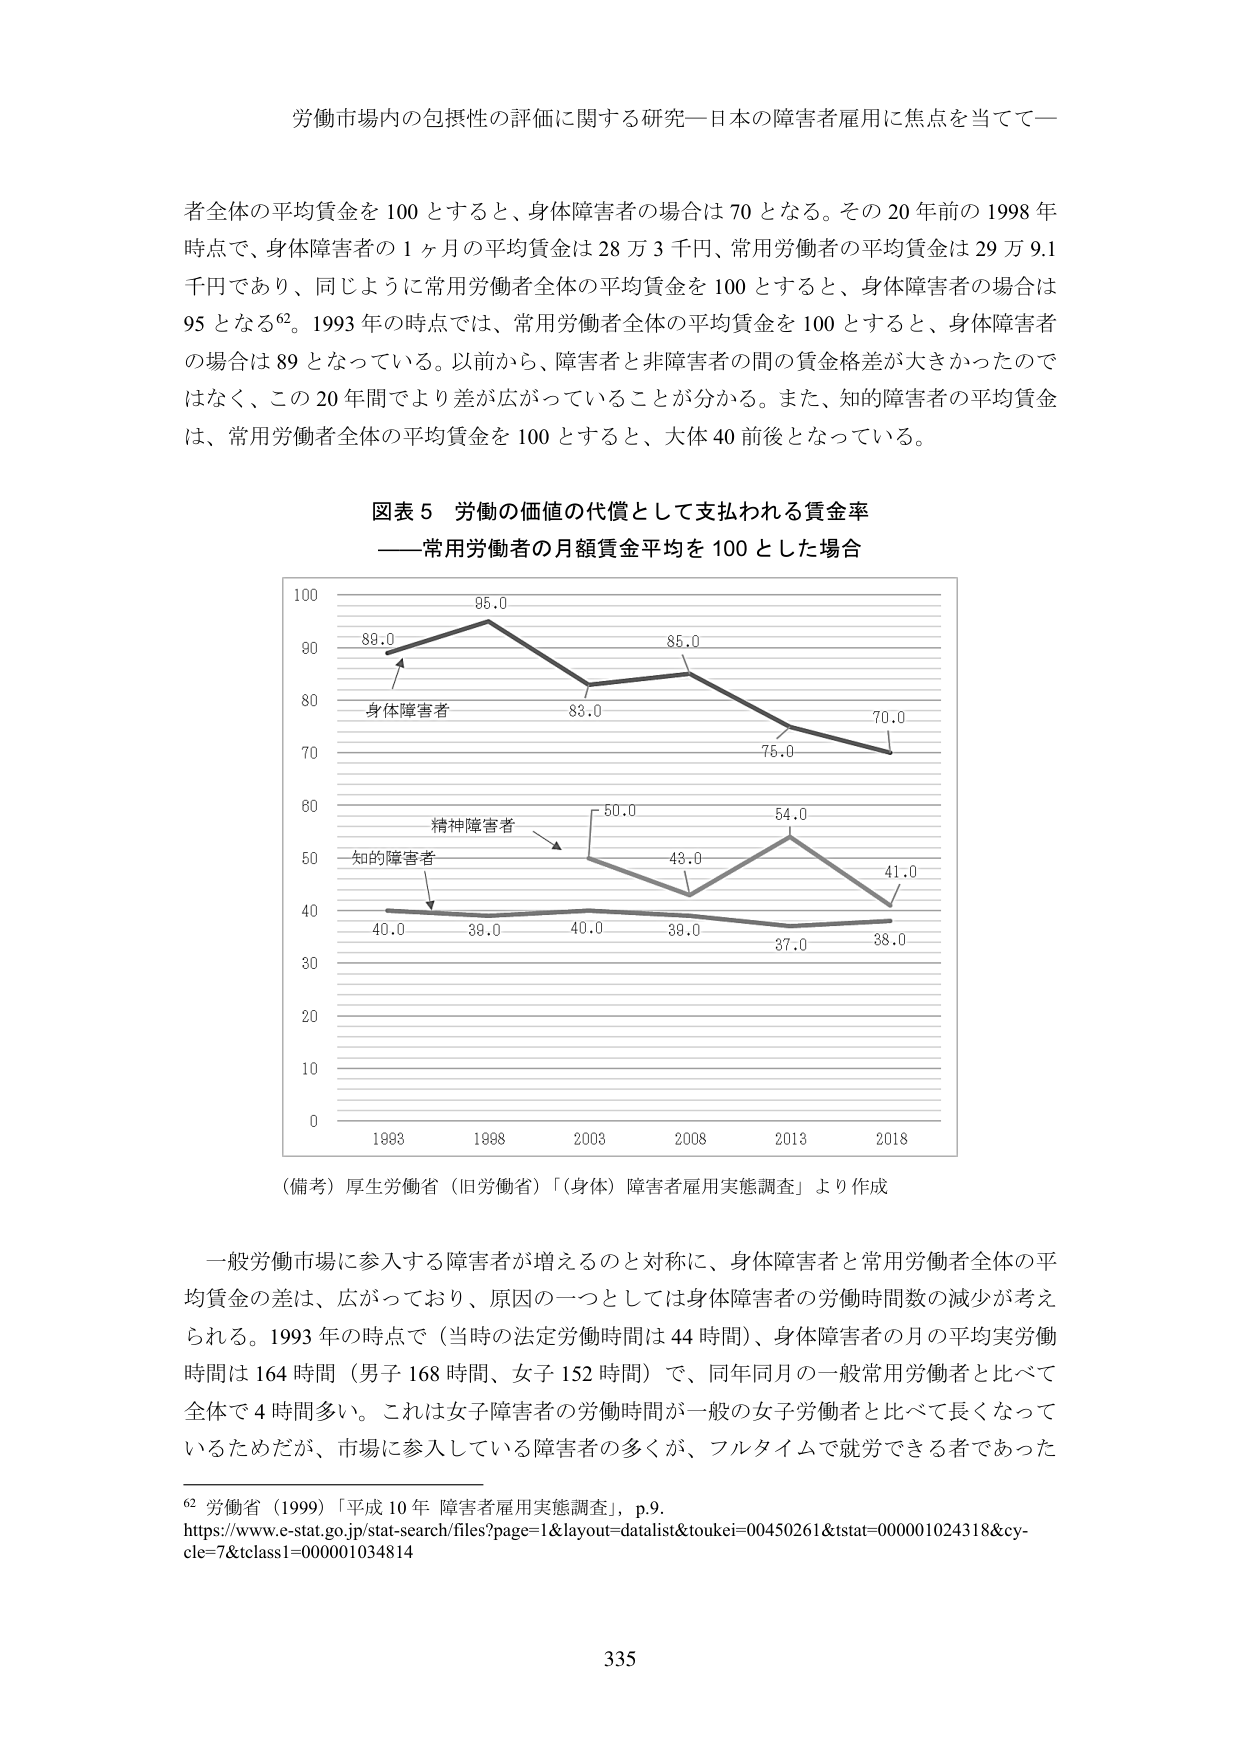
労働市場内の包摂性の評価に関する研究―日本の障害者雇用に焦点を当てて―

者全体の平均賃金を 100 とすると、身体障害者の場合は 70 となる。その 20 年前の 1998 年時点で、身体障害者の 1 ヶ月の平均賃金は 28 万 3 千円、常用労働者の平均賃金は 29 万 9.1 千円であり、同じように常用労働者全体の平均賃金を 100 とすると、身体障害者の場合は 95 となる⁶²。1993 年の時点では、常用労働者全体の平均賃金を 100 とすると、身体障害者の場合は 89 となっている。以前から、障害者と非障害者の間の賃金格差が大きかったのではなく、この 20 年間でより差が広がっていることが分かる。また、知的障害者の平均賃金は、常用労働者全体の平均賃金を 100 とすると、大体 40 前後となっている。

図表 5 労働の価値の代償として支払われる賃金率
――常用労働者の月額賃金平均を 100 とした場合

100
95.0
90
88.0
85.0
80
身体障害者
83.0
70.0
75.0
70
60
精神障害者
50.0
54.0
50
知的障害者
43.0
41.0
40
40.0
39.0
40.0
39.0
37.0
38.0
30
20
10
0
1993 1998 2003 2008 2013 2018

（備考）厚生労働省（旧労働省）「（身体）障害者雇用実態調査」より作成

一般労働市場に参入する障害者が増えるのと対称に、身体障害者と常用労働者全体の平均賃金の差は、広がっており、原因の一つとしては身体障害者の労働時間数の減少が考えられる。1993 年の時点で（当時の法定労働時間は 44 時間）、身体障害者の月の平均実労働時間は 164 時間（男子 168 時間、女子 152 時間）で、同年同月の一般常用労働者と比べて全体で 4 時間多い。これは女子障害者の労働時間が一般の女子労働者と比べて長くなっているためだが、市場に参入している障害者の多くが、フルタイムで就労できる者であった

⁶² 労働省（1999）「平成 10 年 障害者雇用実態調査」，p.9.
https://www.e-stat.go.jp/stat-search/files?page=1&layout=datalist&toukei=00450261&tstat=000001024318&cycle=7&tclass1=000001034814

335